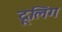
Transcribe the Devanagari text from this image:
द्रूलिंग